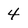
Character: 4